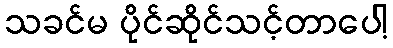
သခင်မ ပိုင်ဆိုင်သင့်တာပေါ့